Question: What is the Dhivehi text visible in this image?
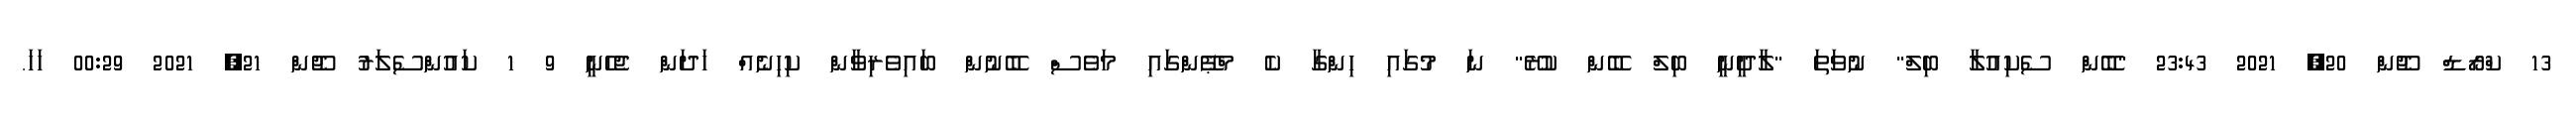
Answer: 13 ކްރޯޑް ޖޫން 20, 2021 23:43 "ބޭން ސެކިއުލާ ބިލް" ނުވަތަ "ލާދީނީ ބިލް ބޭން ކުރޭ" ނަ މުގައި ހިންގާ ކެ މްޕޭންގައި މަވެސް ބޭނުން ބައިވެރިވާން ކިހިނެއް ހަދަން ޖެހެނީ 9 1 ކައުންސެލަރު ޖޫން 21, 2021 00:29 ހަހަ.